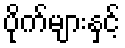
ပိုက်များနှင့်